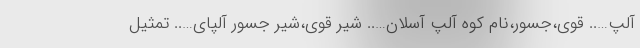
آلپ….. قوی،جسور،نام کوه آلپ آسلان….. شیر قوی،شیر جسور آلپای….. تمثیل